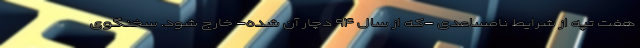
هفت تپه از شرایط نامساعدی -که از سال ۹۴ دچار آن شده- خارج شود. سخنگوی